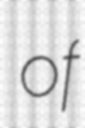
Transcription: of